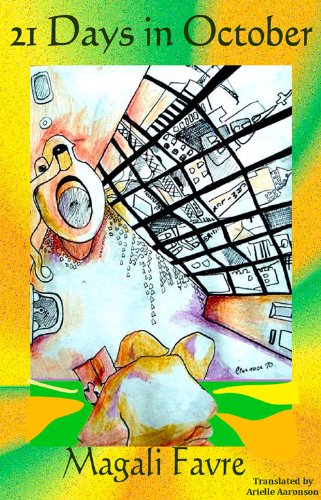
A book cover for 21 Days in October; Magali Favre; Teen & Young Adult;